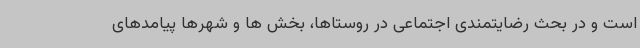
است و در بحث رضایتمندی اجتماعی در روستاها، بخش ها و شهرها پیامدهای